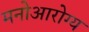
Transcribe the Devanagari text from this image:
मनोआरोग्य